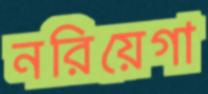
নরিয়েগা